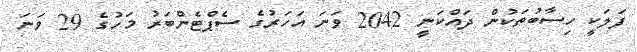
ފަލަކީ ހިސާބުތަކުން ދައްކަނީ 2042 ވަނަ އަހަރުގެ ސެޕްޓެންބަރު މަހުގެ 29 ވަނަ